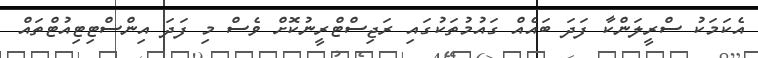
އެކަމަކު ސްރީލަންކާ ފަދަ ބައެއް ގައުމުތަކުގައި ރަޖިސްޓްރީނުކޮށް ވެސް މި ފަދަ އިންސްޓިޓިއުޓްތައް